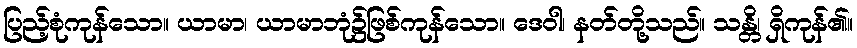
ပြည့်စုံကုန်သော။ ယာမာ၊ ယာမာဘုံ၌ဖြစ်ကုန်သော။ ဒေဝါ၊ နတ်တို့သည်။ သန္တိ၊ ရှိကုန်၏။